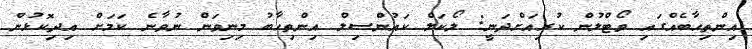
އިންތިހާބެއްގައި ވޯޓްލުން ކުރިއަށްދަނީ: ލޯކަލް ކައުންސިލް އިންތިހާބު މިނިވަން ނުވާނެ ކަމަށް އިދިކޮޅުން